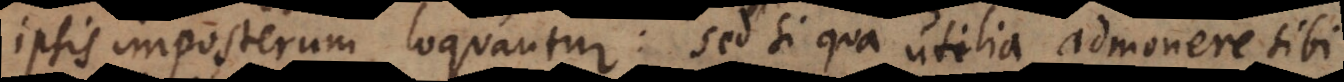
ipsis imposterum loquantur: sed si qua utilia admonere sibi